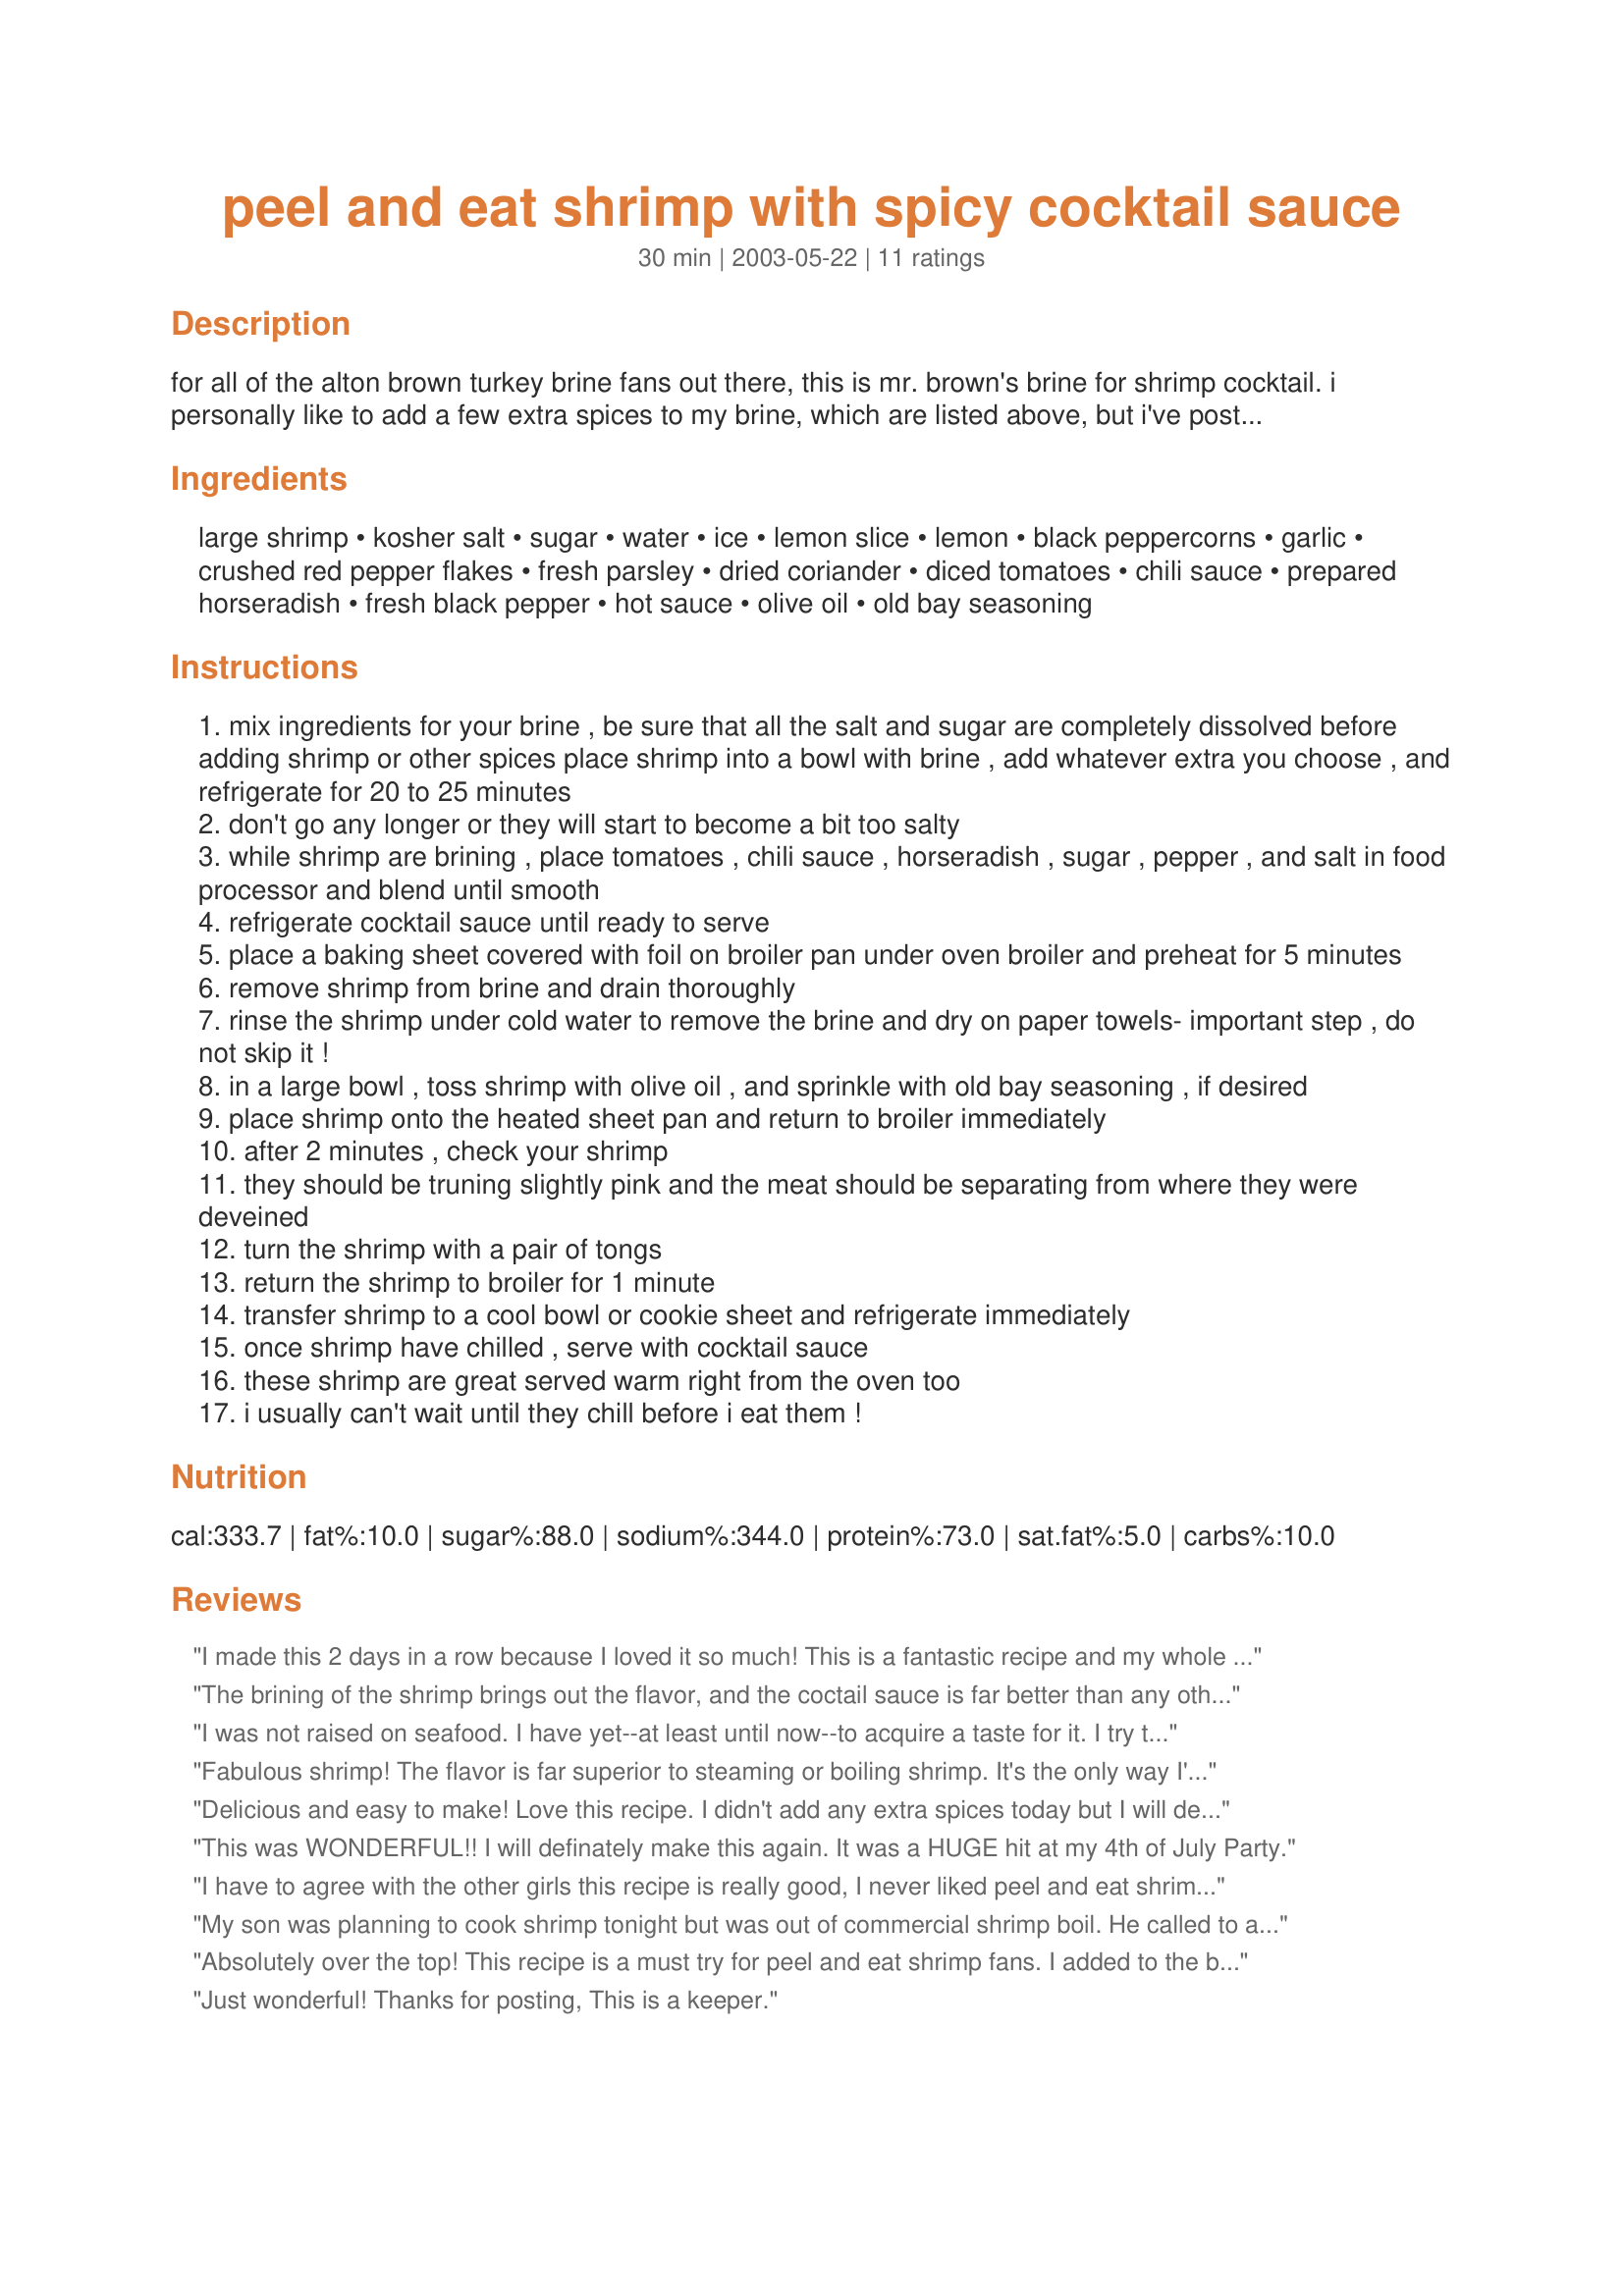
peel and eat shrimp with spicy cocktail sauce
Preparation time: 30 minutes

for all of the alton brown turkey brine fans out there, this is mr. brown's brine for shrimp cocktail. i personally like to add a few extra spices to my brine, which are listed above, but i've posted his original brine as he made it on his show. ever since i found this recipe, its become only way i ever make peel and eat shrimp cocktail. the shrimp come out so moist, and full of flavor!

Ingredients:
large shrimp, kosher salt, sugar, water, ice, lemon slice, lemon, black peppercorns, garlic, crushed red pepper flakes, fresh parsley, dried coriander, diced tomatoes, chili sauce, prepared horseradish, fresh black pepper, hot sauce, olive oil, old bay seasoning

Steps:
mix ingredients for your brine , be sure that all the salt and sugar are completely dissolved before adding shrimp or other spices place shrimp into a bowl with brine , add whatever extra you choose , and refrigerate for 20 to 25 minutes
don't go any longer or they will start to become a bit too salty
while shrimp are brining , place tomatoes , chili sauce , horseradish , sugar , pepper , and salt in food processor and blend until smooth
refrigerate cocktail sauce until ready to serve
place a baking sheet covered with foil on broiler pan under oven broiler and preheat for 5 minutes
remove shrimp from brine and drain thoroughly
rinse the shrimp under cold water to remove the brine and dry on paper towels- important step , do not skip it !
in a large bowl , toss shrimp with olive oil , and sprinkle with old bay seasoning , if desired
place shrimp onto the heated sheet pan and return to broiler immediately
after 2 minutes , check your shrimp
they should be truning slightly pink and the meat should be separating from where they were deveined
turn the shrimp with a pair of tongs
return the shrimp to broiler for 1 minute
transfer shrimp to a cool bowl or cookie sheet and refrigerate immediately
once shrimp have chilled , serve with cocktail sauce
these shrimp are great served warm right from the oven too
i usually can't wait until they chill before i eat them !

Reviews:
I made this 2 days in a row because I loved it so much! This is a fantastic recipe and my whole family loved it. It's perfect just as is, I wouldn't change a thing. Thanks for a great recipe!
The brining of the shrimp brings out the flavor, and the coctail sauce is far better than any others I have had. I did the brine without the extras.
I was not raised on seafood. I have yet--at least until now--to acquire a taste for it. I try to suffer through an occasional fish or shrimp dish because they're supposed to be good for you. The only way I've ever been able to stomach shrimp is peel 'n' eat with a large glass of wine. So yesterday, when presented at the store with cooked and ready-to-eat peel 'n' eat versus uncooked but fairly locally wild caught, I tried to be one of the new generation of upstanding folks who value local and wild-caught. (It didn't hurt that it was less expensive.) Holy Moses, am I glad I took on the dare to myself to cook the shrimp. Let me just say that if you are a peel 'n' eat shrimp sort of person, do not go near the already ready to eat stuff. This surpasses it by miles. And miles. What a difference! I must confess, I already had a cocktail sauce prepared from a previous recipe, so I used that, but I cannot wait to give this one a try. All I know is this: If you are new to or leery of seafood (in this case peel 'n' eat shrimp), TAKE THE TIME AND EFFORT TO COOK YOUR OWN SHRIMP! It makes a world of difference.

Edit: I forgot to add (in all my excitement) that the only things I used in the brine were the salt, sugar, two cloves of crushed garlic, a splash of lemon juice and the water and ice.
Fabulous shrimp! The flavor is far superior to steaming or boiling shrimp. It's the only way I'll make peel and eat shrimp from now on. My shrimp (frozen from Sam's Club) already had an incision all along the back of the shell, and the vein had been removed. I think this was important for the brine and Old Bay seasoning to get under the shell and flavor the shrimp even more. It also makes it easier to peel when you eat them. I used my own cocktail sauce, but will try this recipe next time. Thanks for posting this great recipe.
Delicious and easy to make! Love this recipe. I didn't add any extra spices today but I will definitely making this recipe again and will try some of the optional extras. Can't imagine this being any better though. Thanks for posting.
This was WONDERFUL!! I will definately make this again. It was a HUGE hit at my 4th of July Party.
I have to agree with the other girls this recipe is really good, I never liked peel and eat shrimps because the sauce was bad or the shrimp lacked flavor, I got high quality shrimp as a birthday gift (my own request) and I decided to try this recipe. It was just amazing, I absolutely loved it, I ate one pound of this shrimp by myself!!!. Thank you Kozmic Blues!!!.
My son was planning to cook shrimp tonight but was out of commercial shrimp boil. He called to ask what he should add to the pot for seasoning, and I suggested he try this recipe/technique instead. He just called back to say the results were totally excellent! He used all the 'extras' suggested for the brine except parsley and coriander and marinated the shrimp for 20 minutes. While it wasn't too salty, it was just on the verge, so he thought cutting that to 15 min. might be better. Thanks so much for posting this, KB. DS said it was 5* all the way. Can't wait to experiment with it myself!
Absolutely over the top! This recipe is a must try for peel and eat shrimp fans. I added to the brine, 2 minced garlic gloves that were quite large, lemon slices, 1 tsp lemon zest, 2 tsp black pepper corns, 1 tbs parsley and 1/2 tsp red pepper flakes. I left the shrimp in the brine 15 minutes and I do suggest you rinse VERY well as it was still a tad bit salty but still oh so good. I did not make the cocktail sauce as a good Zaarian friend sent me a special bottle of the stuff from her state of Oregon. The shrimp was excellent and I agree, so much better than any boil and eat shrimp. This is the only way I will be preparing peel and eat shrimp in the future. Thanks for a great recipe!
Just wonderful! Thanks for posting, This is a keeper.
Quick, Easy and delicious... I won&#039;t go back to precooked shrimp.
